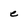
Character: e